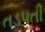
તડપતી